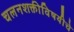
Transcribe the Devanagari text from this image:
चलनशक्तीविषयीचे